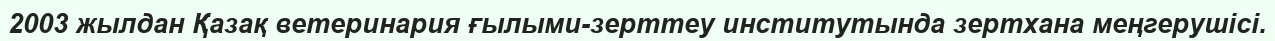
2003 жылдан Қазақ ветеринария ғылыми-зерттеу институтында зертхана меңгерушісі.